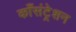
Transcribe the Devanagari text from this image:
काँसंट्रेशन